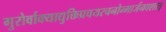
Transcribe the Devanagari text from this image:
गुरोर्वाक्याद्युक्तिप्रचयरचनोन्मार्जनवशात्